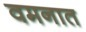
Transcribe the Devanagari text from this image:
वमनात